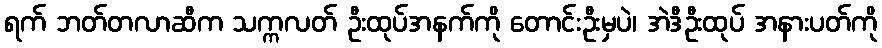
ရက် ဘတ်တလာဆီက သက္ကလတ် ဦးထုပ်အနက်ကို တောင်းဦးမှပဲ၊ အဲဒီဦးထုပ် အနားပတ်ကို